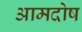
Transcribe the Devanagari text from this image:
आमदोष